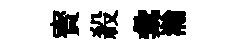
寳殺彙瀚